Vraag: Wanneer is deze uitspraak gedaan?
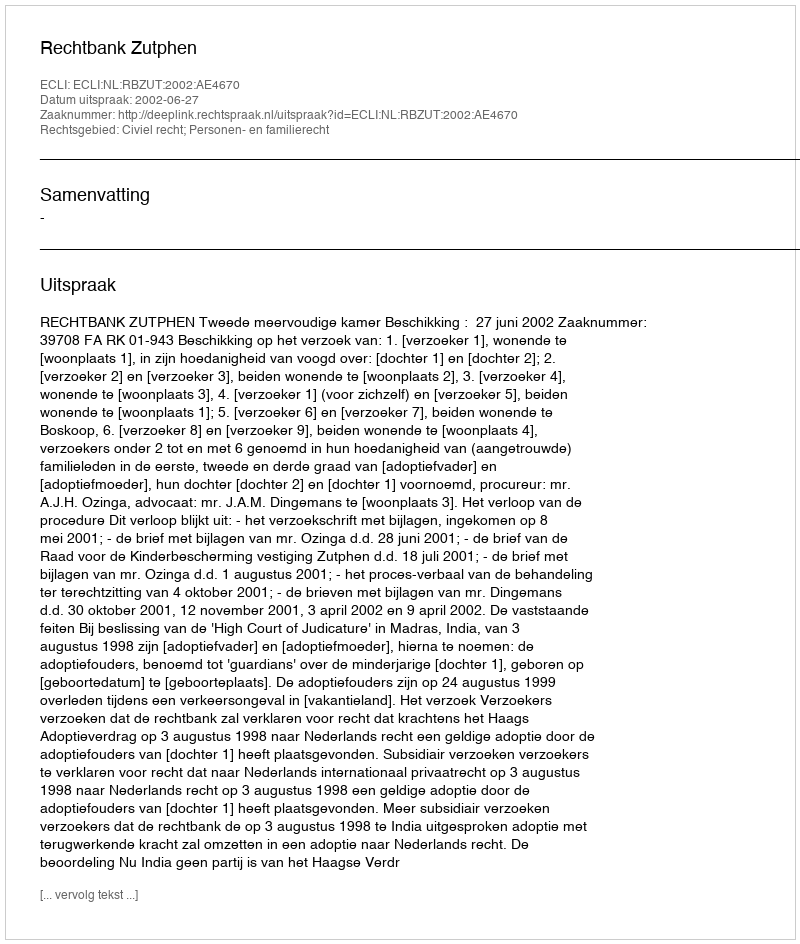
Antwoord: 2002-06-27